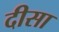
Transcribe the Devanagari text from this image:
दीसा